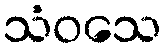
သံဝသေ